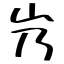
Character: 㞧